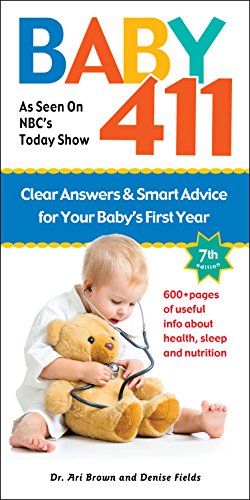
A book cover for Baby 411: Clear Answers and Smart Advice for Your Baby's First Year; Ari Brown; Parenting & Relationships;